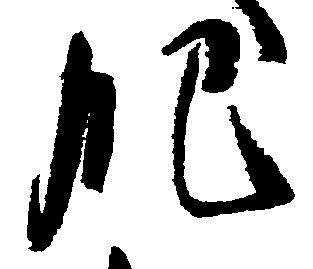
肥